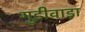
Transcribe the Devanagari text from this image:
गुडीवाड़ा